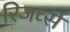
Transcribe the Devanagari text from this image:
रिजर्व्स